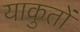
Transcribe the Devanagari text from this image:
याकुतों